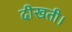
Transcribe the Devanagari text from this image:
दीखती।